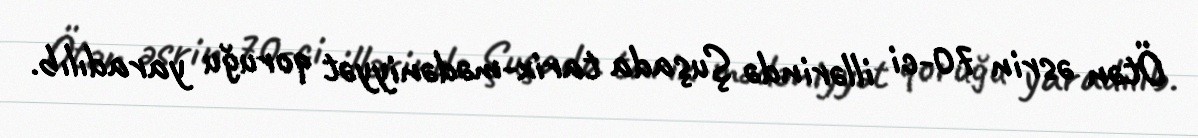
Ötən əsrin 70-ci illərində Şuşada tarix-mədəniyyət qoruğu yaradılıb.